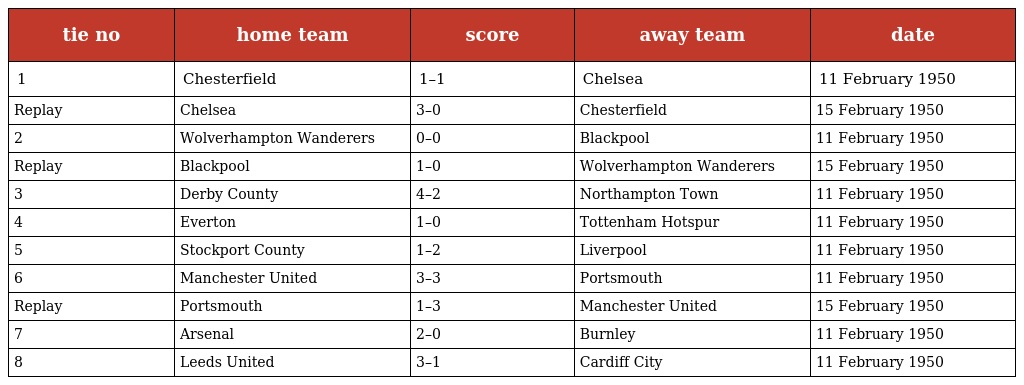
| tie no | home team | score | away team | date |
 | --- | --- | --- | --- | --- |
 | 1 | Chesterfield | 1–1 | Chelsea | 11 February 1950 |
 | Replay | Chelsea | 3–0 | Chesterfield | 15 February 1950 |
 | 2 | Wolverhampton Wanderers | 0–0 | Blackpool | 11 February 1950 |
 | Replay | Blackpool | 1–0 | Wolverhampton Wanderers | 15 February 1950 |
 | 3 | Derby County | 4–2 | Northampton Town | 11 February 1950 |
 | 4 | Everton | 1–0 | Tottenham Hotspur | 11 February 1950 |
 | 5 | Stockport County | 1–2 | Liverpool | 11 February 1950 |
 | 6 | Manchester United | 3–3 | Portsmouth | 11 February 1950 |
 | Replay | Portsmouth | 1–3 | Manchester United | 15 February 1950 |
 | 7 | Arsenal | 2–0 | Burnley | 11 February 1950 |
 | 8 | Leeds United | 3–1 | Cardiff City | 11 February 1950 |